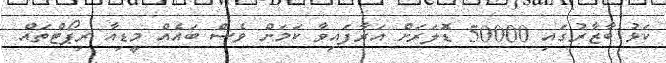
ކަޅު ބާޒާރުގައި 50000 ޑޮލަރަށް އަރާފައިވާ ކަމަށް ވެސް ބައެއް މީޑިއާ ރިޕޯޓްތައް